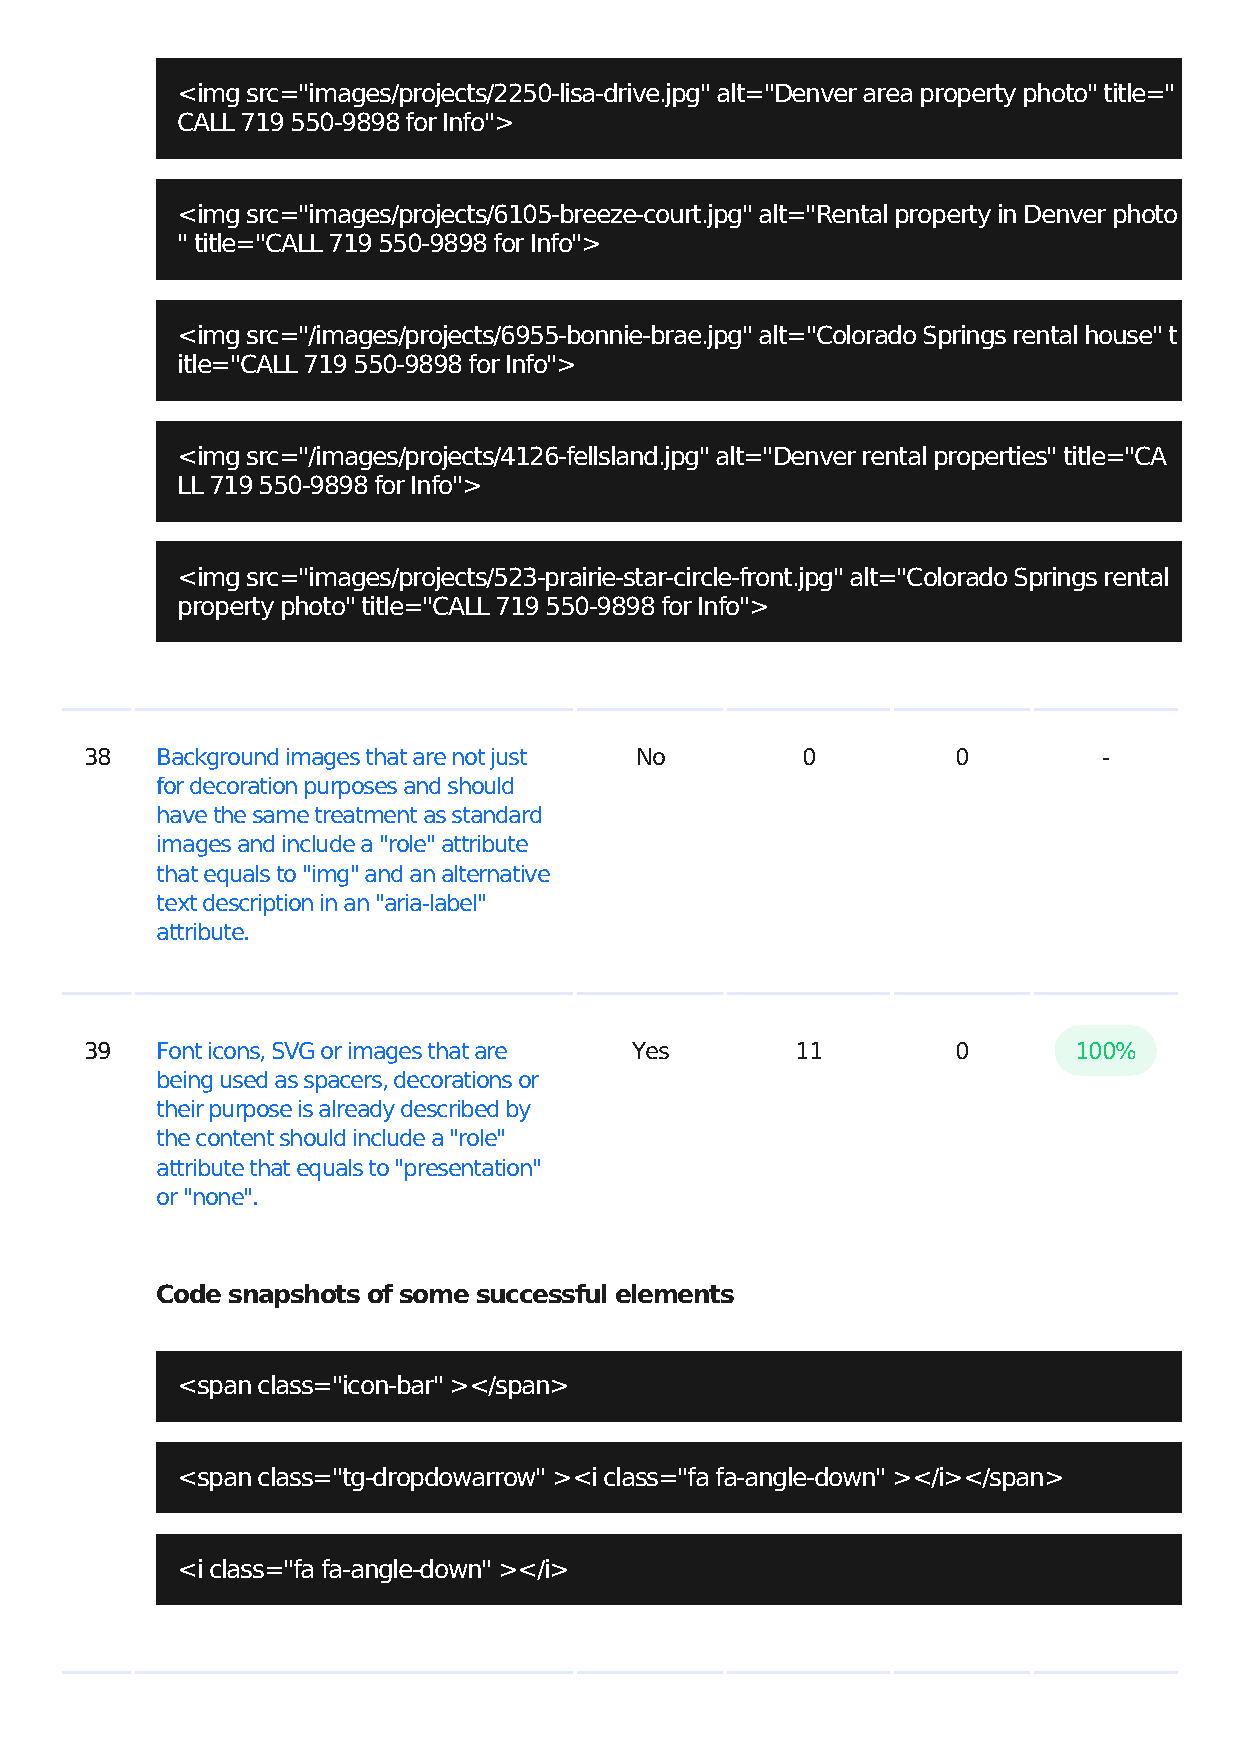
<img src="images/projects/2250-lisa-drive.jpg" alt="Denver area property photo" title="
 CALL 719 550-9898 for Info">
 <img src="images/projects/6105-breeze-court.jpg" alt="Rental property in Denver photo
 " title="CALL 719 550-9898 for Info">
 <img src="/images/projects/6955-bonnie-brae.jpg" alt="Colorado Springs rental house" t
 itle="CALL 719 550-9898 for Info">
 <img src="/images/projects/4126-fellsland.jpg" alt="Denver rental properties" title="CA
 LL 719 550-9898 for Info">
 <img src="images/projects/523-prairie-star-circle-front.jpg" alt="Colorado Springs rental
 property photo" title="CALL 719 550-9898 for Info">
 38  Background images that are not just No     0         0         -
 for decoration purposes and should
 have the same treatment as standard
 images and include a "role" attribute
 that equals to "img" and an alternative
 text description in an "aria-label"
 attribute.
 39  Font icons, SVG or images that are Yes     11        0       100%
 being used as spacers, decorations or
 their purpose is already described by
 the content should include a "role"
 attribute that equals to "presentation"
 or "none".
 Code snapshots of some successful elements
 <span class="icon-bar" ></span>
 <span class="tg-dropdowarrow" ><i class="fa fa-angle-down" ></i></span>
 <i class="fa fa-angle-down" ></i>